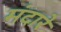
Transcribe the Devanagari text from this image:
मंदारे